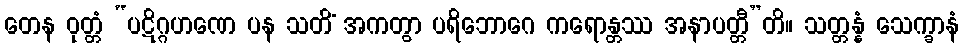
တေန ဝုတ္တံ “ပဋိဂ္ဂဟဏေ ပန သတိံ အကတွာ ပရိဘောဂေ ကရောန္တဿ အနာပတ္တီ”တိ။ သတ္တန္နံ သေက္ခာနံ